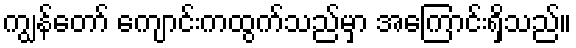
ကျွန်တော် ကျောင်းကထွက်သည်မှာ အကြောင်းရှိသည်။